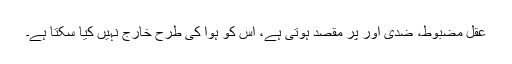
عقل مضبوط، ضدی اور پُر مقصد ہوتی ہے، اس کو ہوا کی طرح خارج نہیں کیا سکتا ہے۔